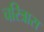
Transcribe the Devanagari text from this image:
चरित्रास